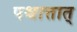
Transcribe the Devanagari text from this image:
पश्चात्तात्‌